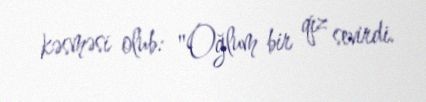
kəsməsi olub: "Oğlum bir qız sevirdi.